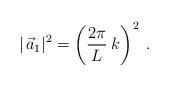
LaTeX: \begin{align*}|\,\vec a_1|^2 = \left(\frac{2\pi}{L}\:k\right)^2 \; . \end{align*}